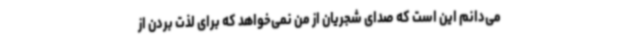
می‌دانم این است که صدای شجریان از من نمی‌خواهد که برای لذت بردن از